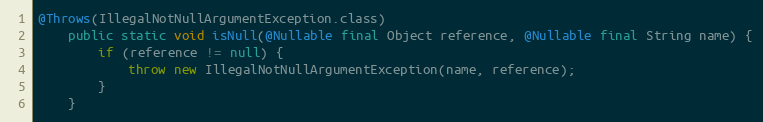
Language: Java
@Throws(IllegalNotNullArgumentException.class)
	public static void isNull(@Nullable final Object reference, @Nullable final String name) {
		if (reference != null) {
			throw new IllegalNotNullArgumentException(name, reference);
		}
	}